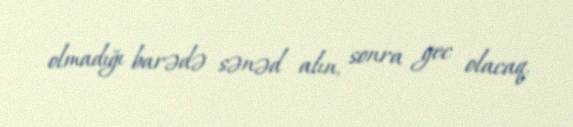
olmadığı barədə sənəd alın, sonra gec olacaq.